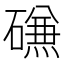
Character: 𰧧